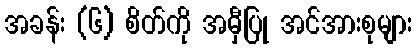
အခန်း (၆) စိတ်ကို အမှီပြု အင်အားစုများ